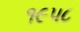
૧૯૫૮